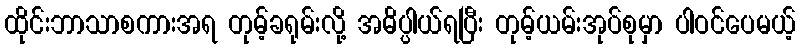
ထိုင်းဘာသာစကားအရ တုမ့်ခရုမ်းလို့ အဓိပ္ပါယ်ရပြီး တုမ့်ယမ်းအုပ်စုမှာ ပါဝင်ပေမယ့်